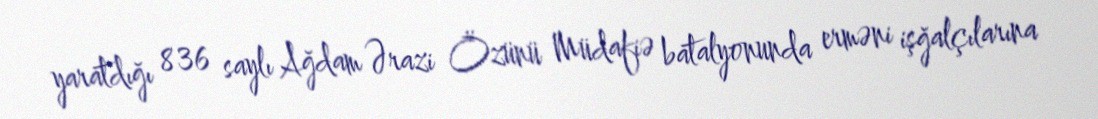
yaratdığı 836 saylı Ağdam Ərazi Özünü Müdafiə batalyonunda erməni işğalçılarına